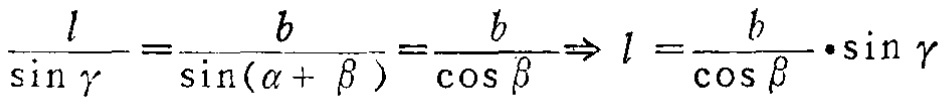
\(\frac{l}{\sin \gamma }=\frac{b}{\sin(\alpha + \beta)}=\frac{b}{\cos \beta}\Rightarrow l=\frac{b}{\cos \beta}\cdot\sin \gamma\)